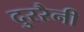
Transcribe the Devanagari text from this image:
दुररैनी